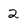
Character: 2